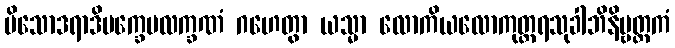
ပိသောဒရာဒိပက္ခေပလက္ခဏံ ဂဟေတွာ ယသ္မာ လောကိယလောကုတ္တရသုခါဘိနိဗ္ဗတ္တကံ